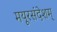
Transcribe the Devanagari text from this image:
मयूरसंदेशम्